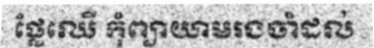
ផ្លែឈើ កុំព្យាយាមរងចាំដល់